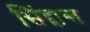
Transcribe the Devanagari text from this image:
सिंद्दान्त